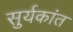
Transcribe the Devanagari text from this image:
सुर्यकांत